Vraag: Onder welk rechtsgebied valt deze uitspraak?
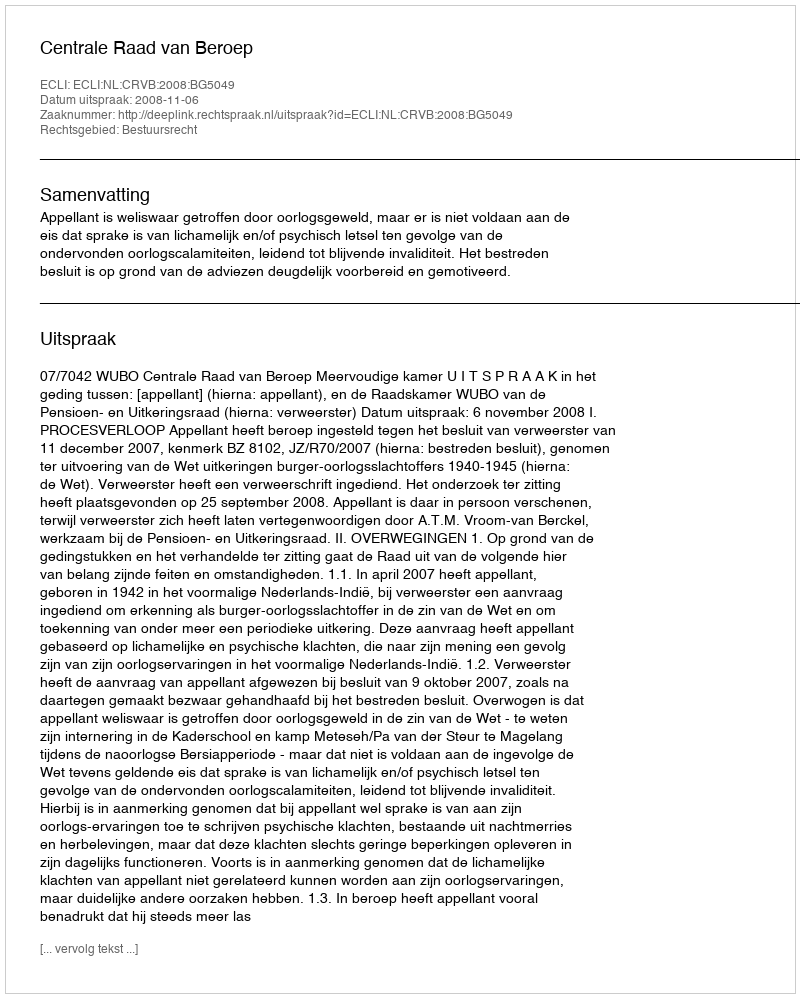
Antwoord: Bestuursrecht